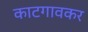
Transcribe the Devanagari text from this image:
काटगावकर